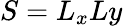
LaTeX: S=L_{x}Ly